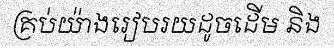
គ្រប់យ៉ាងរៀបរយដូចដើម និង